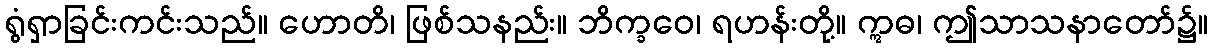
ရွံရှာခြင်းကင်းသည်။ ဟောတိ၊ ဖြစ်သနည်း။ ဘိက္ခဝေ၊ ရဟန်းတို့။ ဣဓ၊ ဤသာသနာတော်၌။